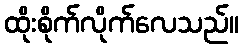
ထိုးစိုက်လိုက်လေသည်။